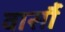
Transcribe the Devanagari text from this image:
वार्सौ